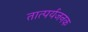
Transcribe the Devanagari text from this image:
तात्पर्यजनक